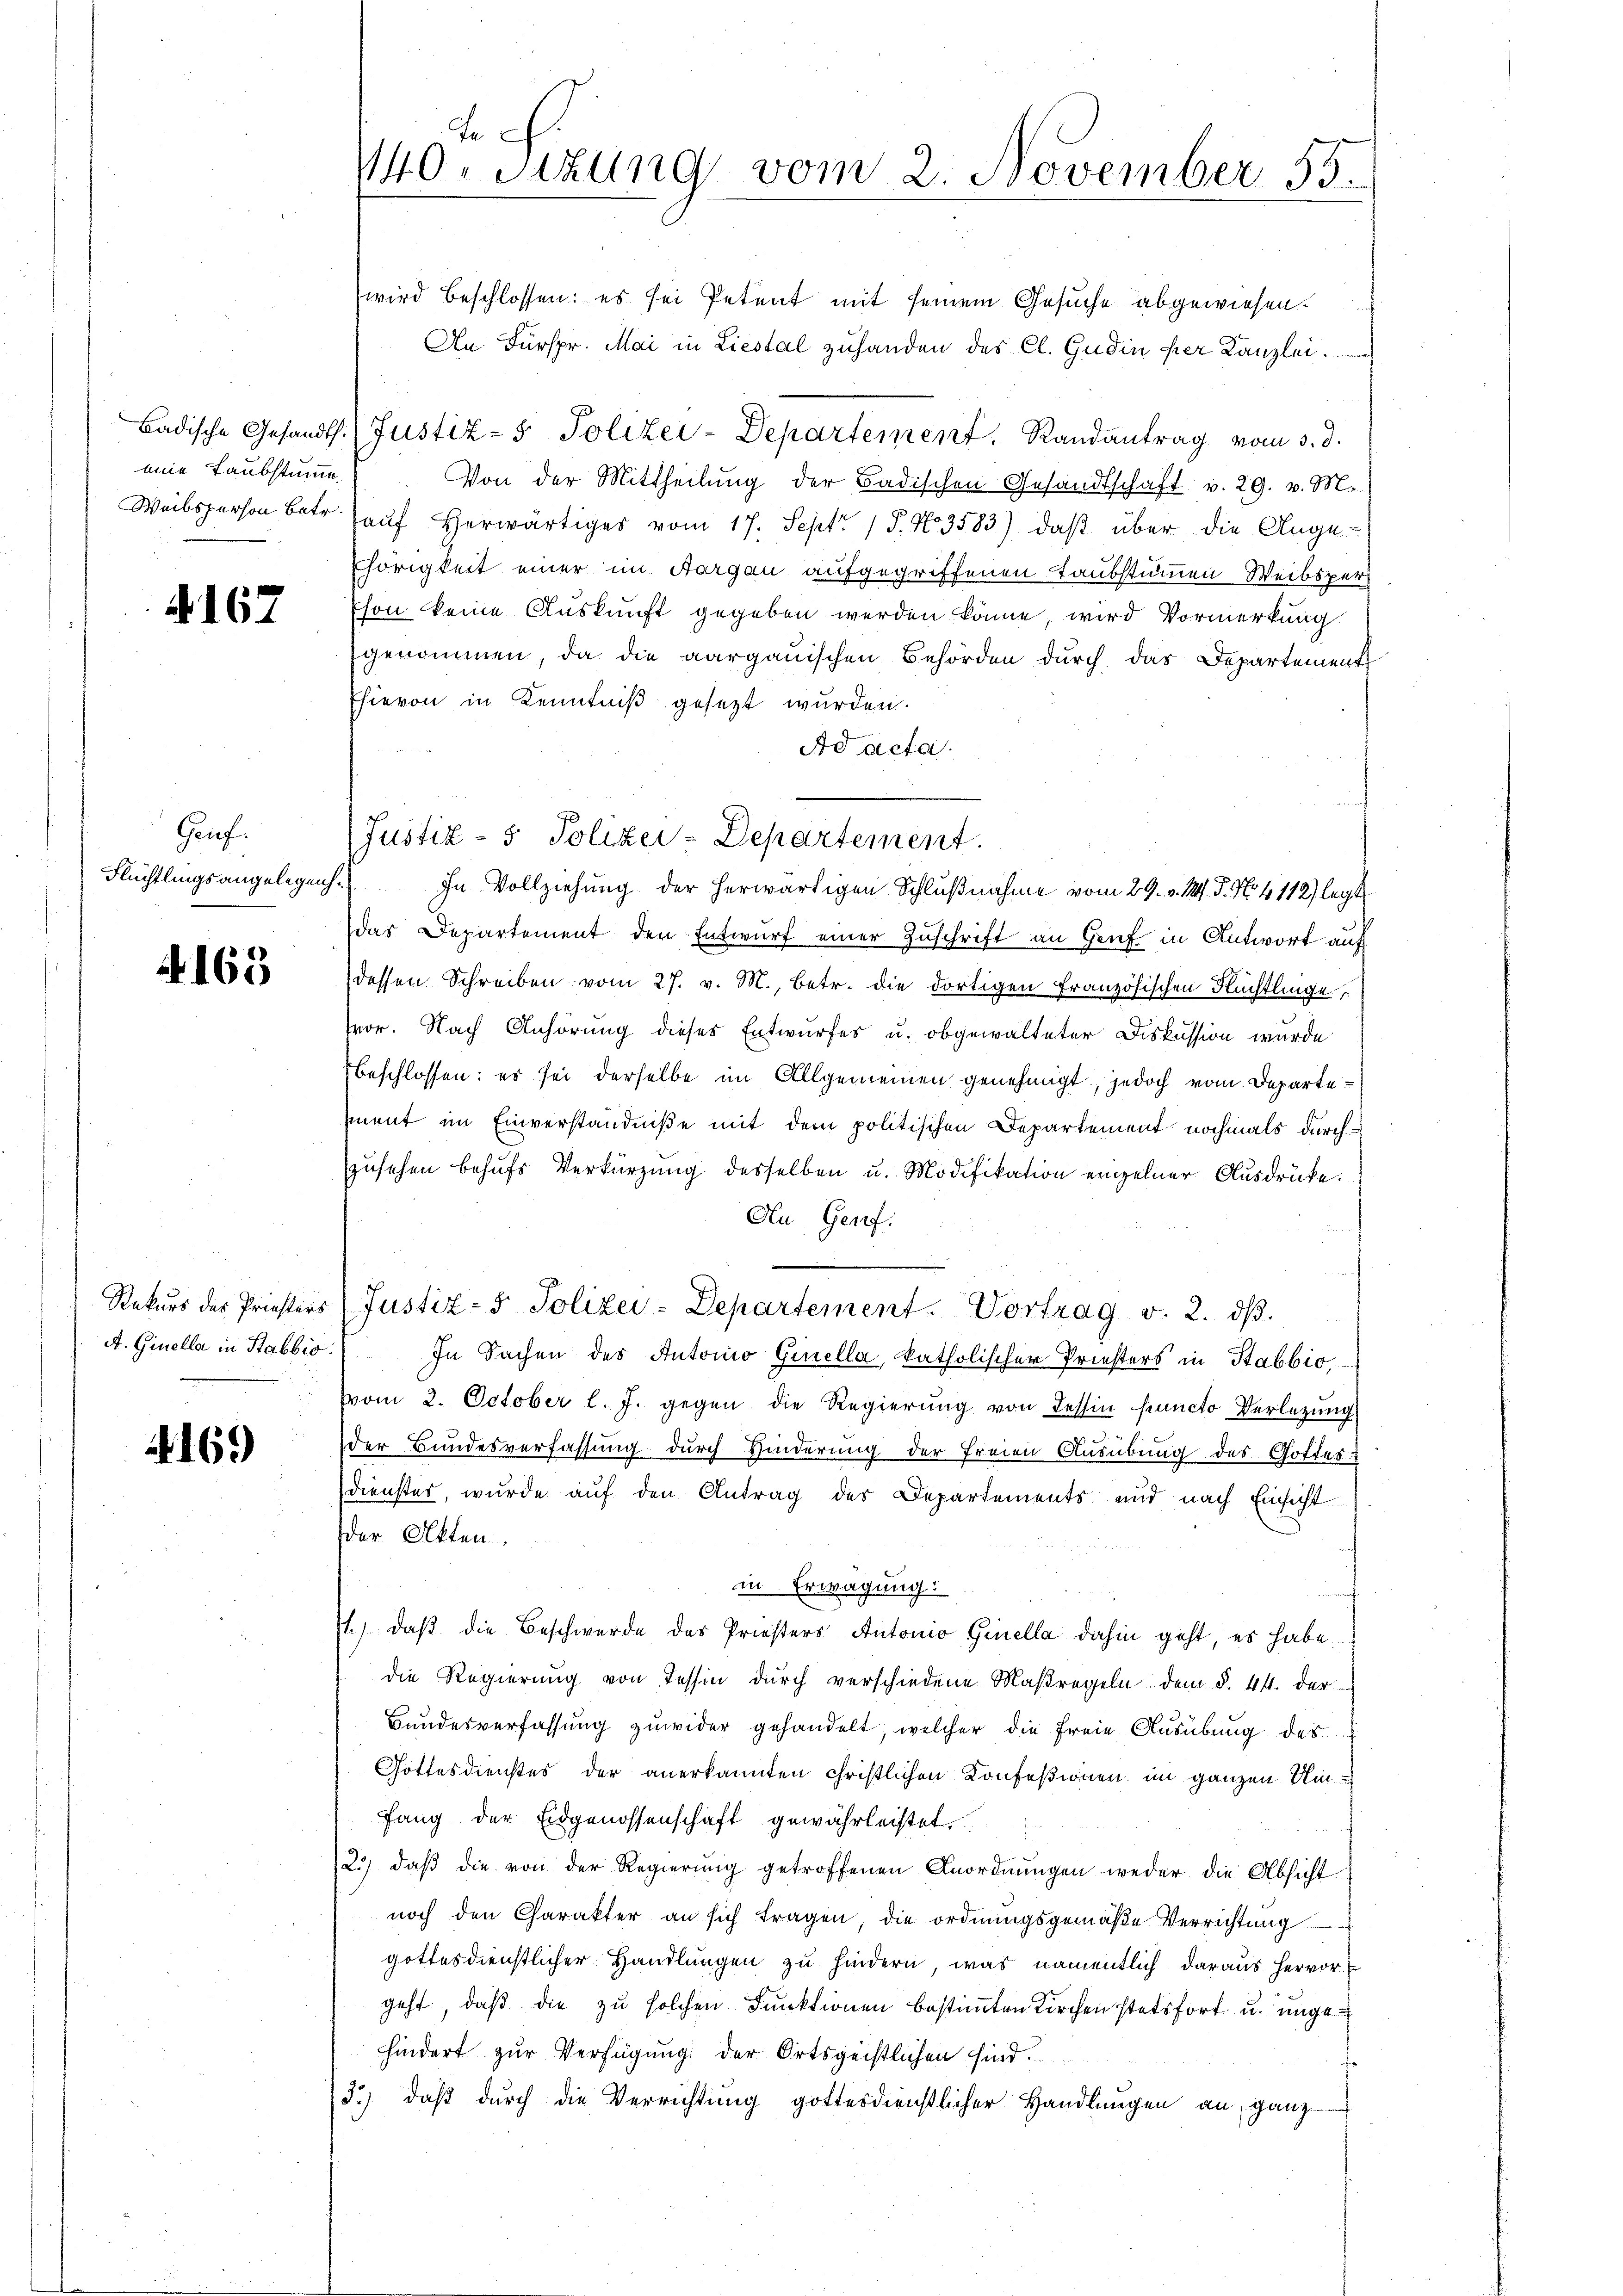
eine Taubstumme

167

Gruf.
Flüchtlingsangelegeng

A. 163.

Rekurs der Priesters
A. Ginella in Stabbio.

2169

te
140. Sitzung vom 2. November 55.

wird beschlossen: es sei Petent mit seinem Gesuche abgewiesen.
An Fürspr. Mai in Liestal zuhanden des Cl. Gudin per Kanzlei.
Badische Gesandts (Justiz- & Polizei-Departement. Randantrag vom 3. d.
Von der Mittheilung der Badischen Gesandtschaft v. 29. v. M.
Weibsperson betr. aŭf herwärtiges vom 17. Sept. 15. No 3583), daβ über die Ange-
hörigkeit einer im Aargau aufgegriffenen Taubstummen Weibspers
Eson keine Auskunft gegeben werden könne wird Vormerkung
genommen, da die aargauischen Behörden durch das Departement
Ehievon in Kenntniß gesezt wurden.
Ad acta.
Justiz- & Polizei-Departement.
das Departement den Entwŭrf einer Zuschrift an Genf in Antwort auf
dessen Schreiben vom 27. v. M., betr. die dortigen Französischen Flüchtlinge
vor. Nach Anhörung dieses Entwurfes u. obgewalteter Diskussion wurde
beschlossen: es sei derselbe im Allgemeinen genehmigt, jedoch vom Departement im Einverständniße mit dem politischen Departement nochmals durchzusehen behufs Verkürzung desselben u. Modifikation einzelner Ausdrücke.
Au, Genf.
Justiz- & Polizei-Departement. Vortrag v. 2. dβ.
In Sachen des Autorio Ginella, katholischer Priesters in Stabbio,
vom 2. October l. J. gegen die Regierŭng von dessin functo Verlegŭng
der Bundesverfassung durch Hinderung der freien Ausübung des Gottes
dienster, wurde auf den Antrag des Departements und nach Einsicht
der Akten.
in Erwägung:
t) daß die Beschwerde das Priesters Antonio, Ginella dahin geht, es habe.
die Regierung von Tessin durch verschiedene Maßregeln dem §. 44. der
Bundesverfassung zuwider gehandelt, welcher die Freie Ausübung des
Gottesdienstes der anerkannten christlichen Konfeßionen im ganzen Umfang der Eidgenossenschaft gewährleistet.
2.) daß die von der Regierung getroffenen Anordnungen weder die Absicht
noch den Charakter an sich fragen die ordnungsgemäße Verrichtung
gottesdienstlicher Handlungen zu hindern, was namentlich daraus hervor
geht, daß die zu solchen Funktionen bestimmten Kirchen stetsfort u. ungehindert zur Verfügung der Ortsgeistlichen sind.
d.) daß durch die Verrichtung gottesdienstlicher Handlungen an, ganz

h.) In Vollziehung der herwärtigen Schlußnahme vom 29. v. 144. P. No 4112) legt